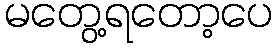
မတွေ့ရတော့ပေ